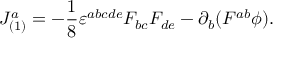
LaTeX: J _ { ( 1 ) } ^ { a } = - \frac { 1 } { 8 } \varepsilon ^ { a b c d e } F _ { b c } F _ { d e } - \partial _ { b } ( F ^ { a b } \phi ) .